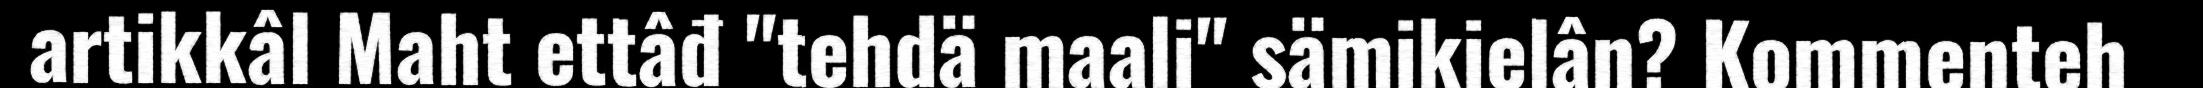
artikkâl Maht ettâđ "tehdä maali" sämikielân? Kommenteh